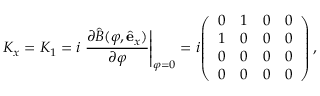
K _ { x } = K _ { 1 } = i \left. { \frac { \partial { \widehat { B } } ( \varphi , { \hat { \mathbf { e } } } _ { x } ) } { \partial \varphi } } \right| _ { \varphi = 0 } = i { \left( \begin{array} { l l l l } { 0 } & { 1 } & { 0 } & { 0 } \\ { 1 } & { 0 } & { 0 } & { 0 } \\ { 0 } & { 0 } & { 0 } & { 0 } \\ { 0 } & { 0 } & { 0 } & { 0 } \end{array} \right) } \, ,